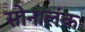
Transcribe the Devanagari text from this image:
सोनालंक